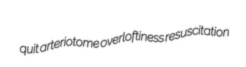
quit arteriotome overloftiness resuscitation